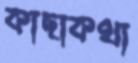
কাছাকথা